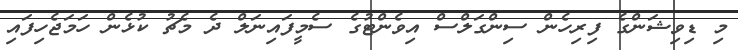
މި ޑިވިޝަންގެ ފިރިހެން ސިންގަލްސް އިވެންޓުގެ ސެމީފައިނަލް ދެ މެޗު ކުޅެން ހަމަޖެހިފައި